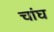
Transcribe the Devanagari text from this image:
चांघ